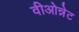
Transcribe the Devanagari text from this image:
वीओन्नेट